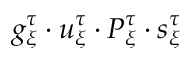
g _ { \xi } ^ { \tau } \cdot u _ { \xi } ^ { \tau } \cdot P _ { \xi } ^ { \tau } \cdot s _ { \xi } ^ { \tau }